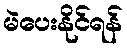
မဲပေးနိုင်ရန်